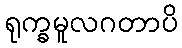
ရုက္ခမူလဂတာပိ